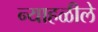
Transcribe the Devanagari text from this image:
न्याहळीले